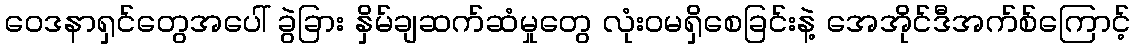
ဝေဒနာရှင်တွေအပေါ် ခွဲခြား နှိမ်ချဆက်ဆံမှုတွေ လုံးဝမရှိစေခြင်းနဲ့ အေအိုင်ဒီအက်စ်ကြောင့်